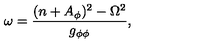
\omega = \frac { ( n + A _ { \phi } ) ^ { 2 } - \Omega ^ { 2 } } { g _ { \phi \phi } } ,